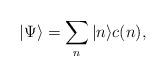
LaTeX: \begin{align*}|\Psi \rangle =\sum_{n}|n\rangle c(n), \end{align*}